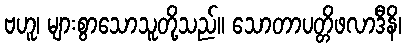
ဗဟူ၊ များစွာသောသူတို့သည်။ သောတာပတ္တိဖလာဒီနိ၊